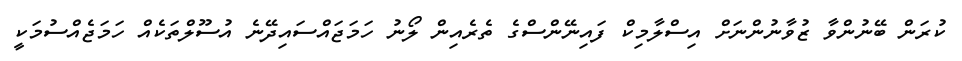
ކުރަން ބޭނުންވާ ޒުވާނުންނަށް އިސްލާމިކް ފައިނޭންސްގެ ތެރެއިން ލޯނު ހަމަޖައްސައިދޭނެ އުސޫލްތަކެއް ހަމަޖެއްސުމަކީ